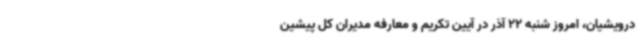
درویشیان، امروز شنبه 22 آذر در آیین تکریم و معارفه مدیران کل پیشین